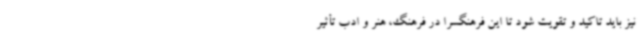
نیز باید تاکید و تقویت شود تا این فرهنگسرا در فرهنگ، هنر و ادب تأثیر